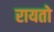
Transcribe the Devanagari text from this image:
रायतो